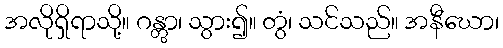
အလိုရှိရာသို့။ ဂန္တွာ၊ သွား၍။ တွံ၊ သင်သည်။ အနီဃော၊